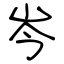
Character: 岑